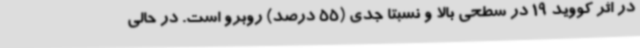
در اثر کووید 19 در سطحی بالا و نسبتا جدی (55 درصد) روبرو است. در حالی